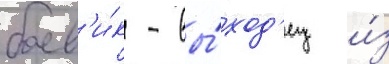
боев'и́к - вы́ход'ец и́з